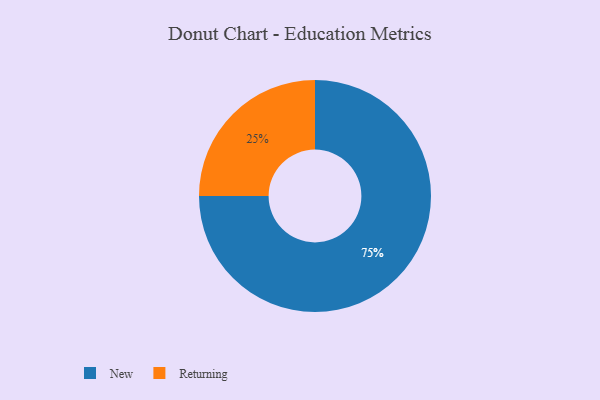
{"axis": {"x": "Category", "y": "Percentage"}, "legend": ["New", "Returning"], "data": [{"x": "Returning", "y": 25, "type": "Returning"}, {"x": "New", "y": 75, "type": "New"}]}